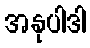
အနုပါဒါ